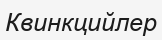
Квинкцийлер